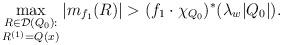
LaTeX: \begin{align*}\max_{\substack{R\in\mathcal{D}(Q_0):\\R^{(1)}=Q(x)}}|m_{f_1}(R)|>(f_1\cdot\chi_{Q_0})^*(\lambda_w|Q_0|).\end{align*}